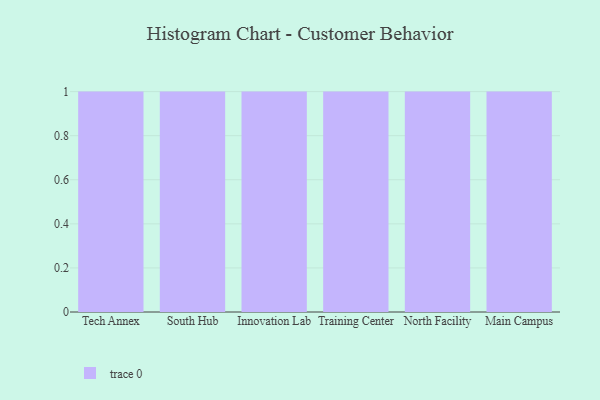
{"axis": {"x": "Campus", "y": "Energy Usage (MWh)"}, "legend": [""], "data": [{"x": "Tech Annex", "y": 41, "type": ""}, {"x": "South Hub", "y": 100, "type": ""}, {"x": "Innovation Lab", "y": 34, "type": ""}, {"x": "Training Center", "y": 50, "type": ""}, {"x": "North Facility", "y": 66, "type": ""}, {"x": "Main Campus", "y": 55, "type": ""}]}